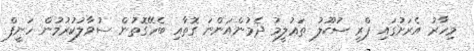
މިހާރު އެރަށުގައި ޕްރީ ސުކޫލު ތަޢުލީމު ދެމުންއަންނަ ގޮތާއި ބެހޭގޮތުން ސުވާލުކުރުމުން ހަނީފް